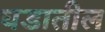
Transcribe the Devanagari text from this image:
घडातील